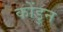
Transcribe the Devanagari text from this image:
कोंडुन